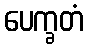
ပေက္ခတံ